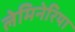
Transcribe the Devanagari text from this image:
लेमिनेरिया